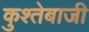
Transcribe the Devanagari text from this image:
कुश्तेबाजी